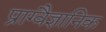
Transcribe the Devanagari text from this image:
प्राग्वैज्ञानिक